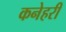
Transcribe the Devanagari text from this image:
कनेहरी